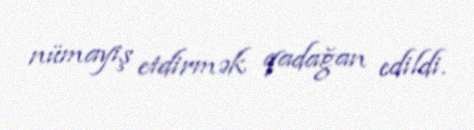
nümayiş etdirmək qadağan edildi.